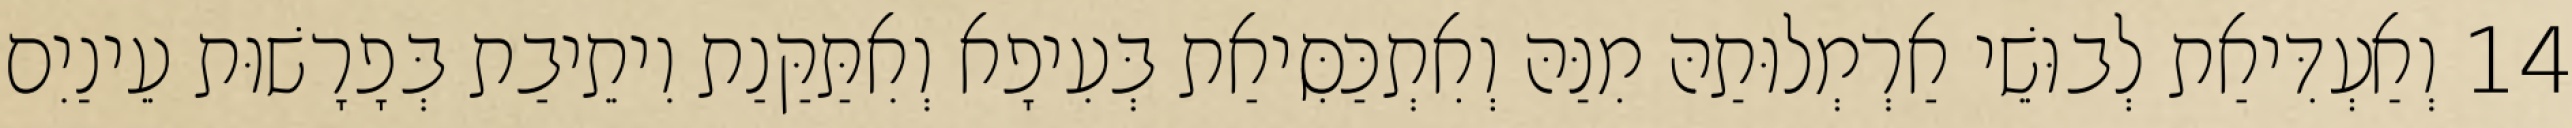
14 וְאַעְדִּיאַת לְבוּשֵׁי אַרְמְלוּתַהּ מִנַּהּ וְאִתְכַּסִּיאַת בְּעִיפָא וְאִתַּקַּנַת וִיתֵיבַת בְּפָרָשׁוּת עֵינַיִם